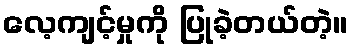
လေ့ကျင့်မှုကို ပြုခဲ့တယ်တဲ့။